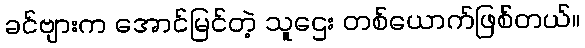
ခင်ဗျားက အောင်မြင်တဲ့ သူဌေး တစ်ယောက်ဖြစ်တယ်။